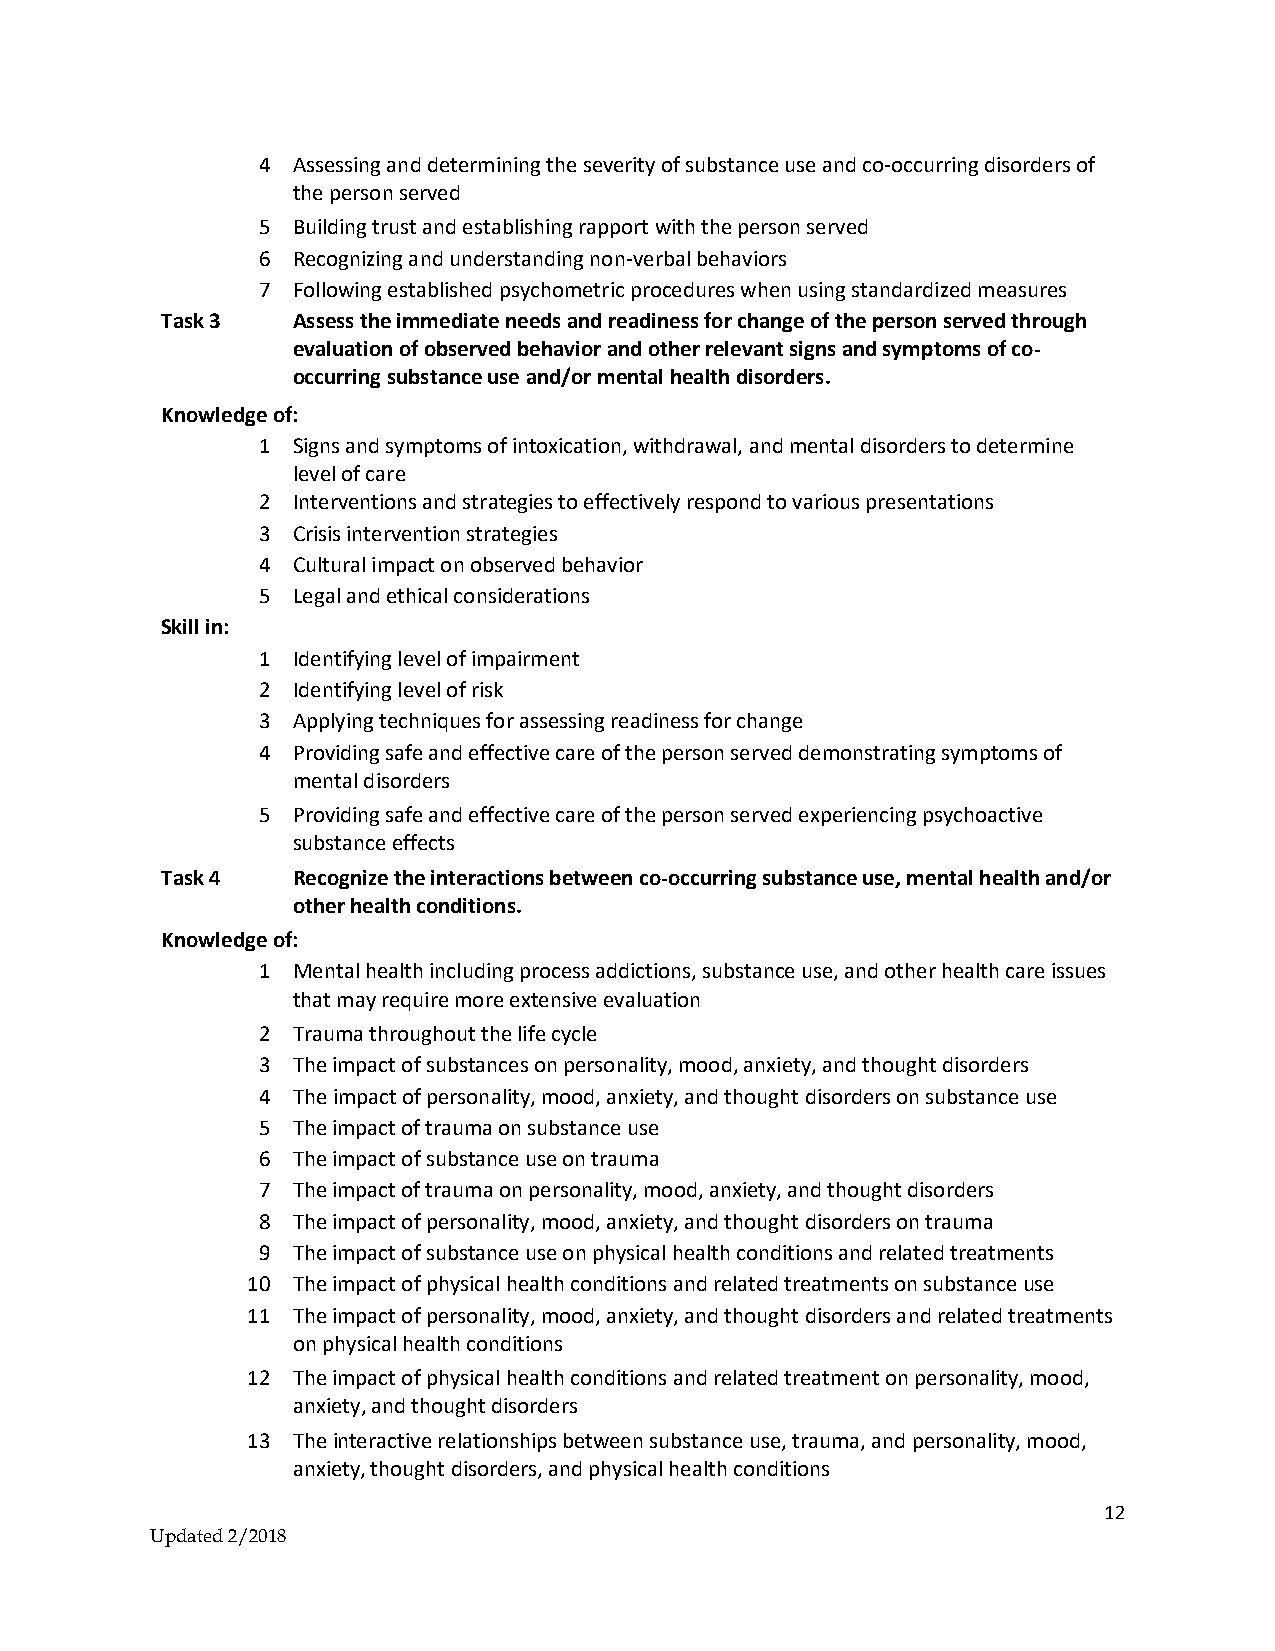
4 Assessing and determining the severity of substance use and co-occurring disorders of
 the person served
 5 Building trust and establishing rapport with the person served
 6 Recognizing and understanding non-verbal behaviors
 7 Following established psychometric procedures when using standardized measures
 Task 3  Assess the immediate needs and readiness for change of the person served through
 evaluation of observed behavior and other relevant signs and symptoms of co-
 occurring substance use and/or mental health disorders.
 Knowledge of:
 1 Signs and symptoms of intoxication, withdrawal, and mental disorders to determine
 level of care
 2 Interventions and strategies to effectively respond to various presentations
 3 Crisis intervention strategies
 4 Cultural impact on observed behavior
 5 Legal and ethical considerations
 Skill in:
 1 Identifying level of impairment
 2 Identifying level of risk
 3 Applying techniques for assessing readiness for change
 4 Providing safe and effective care of the person served demonstrating symptoms of
 mental disorders
 5 Providing safe and effective care of the person served experiencing psychoactive
 substance effects
 Task 4  Recognize the interactions between co-occurring substance use, mental health and/or
 other health conditions.
 Knowledge of:
 1 Mental health including process addictions, substance use, and other health care issues
 that may require more extensive evaluation
 2 Trauma throughout the life cycle
 3 The impact of substances on personality, mood, anxiety, and thought disorders
 4 The impact of personality, mood, anxiety, and thought disorders on substance use
 5 The impact of trauma on substance use
 6 The impact of substance use on trauma
 7 The impact of trauma on personality, mood, anxiety, and thought disorders
 8 The impact of personality, mood, anxiety, and thought disorders on trauma
 9 The impact of substance use on physical health conditions and related treatments
 10 The impact of physical health conditions and related treatments on substance use
 11 The impact of personality, mood, anxiety, and thought disorders and related treatments
 on physical health conditions
 12 The impact of physical health conditions and related treatment on personality, mood,
 anxiety, and thought disorders
 13 The interactive relationships between substance use, trauma, and personality, mood,
 anxiety, thought disorders, and physical health conditions
 12
 Updated 2/2018